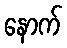
နောက်